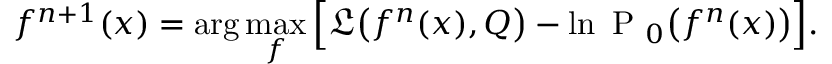
f ^ { n + 1 } ( x ) = \arg \operatorname* { m a x } _ { f } \Big [ \mathfrak { L } \big ( f ^ { n } ( x ) , Q \big ) - \ln \mathrm { ~ P ~ } _ { 0 } \big ( f ^ { n } ( x ) \big ) \Big ] .